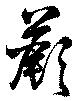
蕨